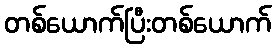
တစ်ယောက်ပြီးတစ်ယောက်